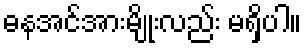
ဓနအင်အားမျိုးလည်း မရှိပါ။